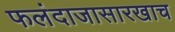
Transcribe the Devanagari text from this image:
फलंदाजासारखाच